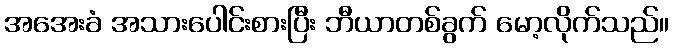
အအေးခံ အသားပေါင်းစားပြီး ဘီယာတစ်ခွက် မော့လိုက်သည်။